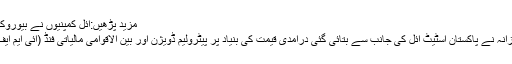
مزید پڑھیں:آئل کمپنیوں نے بیوروکریسی کو پیٹرول بحران کا ذمہ دار ٹھہرادیا
قیمتوں میں اس اضافے کا اعلان وزارت خزانہ نے پاکستان اسٹیٹ آئل کی جانب سے بتائی گئی درآمدی قیمت کی بنیاد پر پیٹرولیم ڈویژن اور بین الاقوامی مالیاتی فنڈ (آئی ایم ایف) کے نمائندوں سے مشاورت کے بعد کیا۔